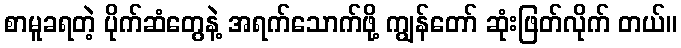
စာမူခရတဲ့ ပိုက်ဆံတွေနဲ့ အရက်သောက်ဖို့ ကျွန်တော် ဆုံးဖြတ်လိုက် တယ်။